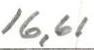
16,61